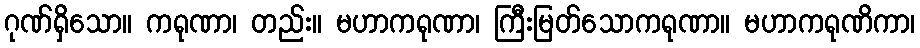
ဂုဏ်ရှိသော။ ကရုဏာ၊ တည်း။ မဟာကရုဏာ၊ ကြီးမြတ်သောကရုဏာ။ မဟာကရုဏိကာ၊